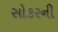
સોકરની